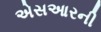
એસઆરની